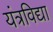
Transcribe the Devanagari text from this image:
यंत्रविद्या